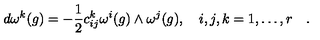
d \omega ^ { k } ( g ) = - \frac { 1 } { 2 } c _ { i j } ^ { k } \omega ^ { i } ( g ) \wedge \omega ^ { j } ( g ) , \quad i , j , k = 1 , \ldots , r \quad .